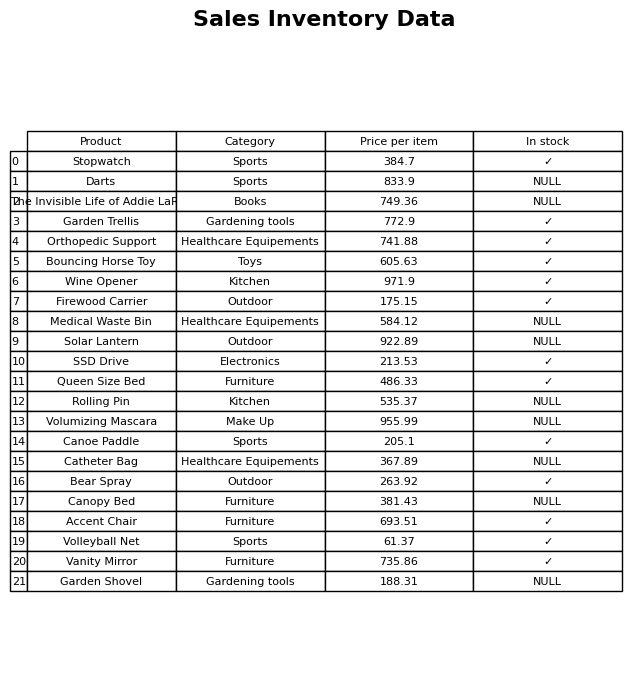
question: What is the price for Bear Spray?
answer: The price of Bear Spray is 263.92.